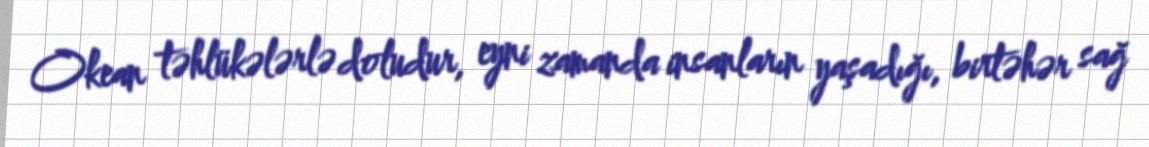
Okean təhlükələrlə doludur, eyni zamanda insanların yaşadığı, birtəhər sağ